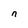
Character: n